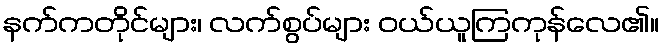
နက်ကတိုင်များ၊ လက်စွပ်များ ဝယ်ယူကြကုန်လေ၏။